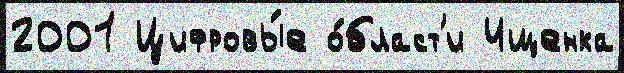
2001 Цифровы́е о́бласт'и Ищенка